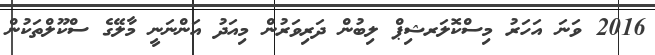
2016 ވަނަ އަހަރު މިސްކޮލަރޝިޕް ލިބުން ދަރިވަރުން މިއަދު އަންނަނީ މާލޭގެ ސްކޫލްތަކުން